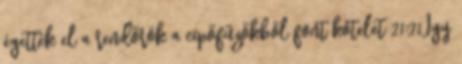
égették el a rendőrök a cipőfűzőkből font kötelet 21:21Így